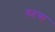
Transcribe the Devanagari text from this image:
वहबा